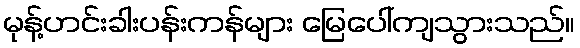
မုန့်ဟင်းခါးပန်းကန်များ မြေပေါ်ကျသွားသည်။